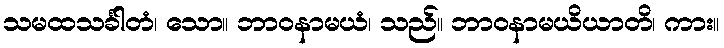
သမထသင်္ခါတံ၊ သော။ ဘာဝနာမယံ၊ သည်။ ဘာဝနာမယိယာတိ၊ ကား။